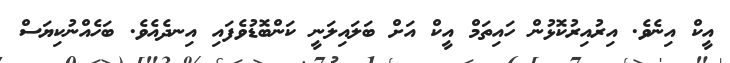
އީކް އިނެވެ. އިރުއިރުކޮޅުން ހައިތަމް އީކް އަށް ބަލައިލަނީ ކަންބޮޑުވެފައި އިނދެއެވެ. ބަހެއްނުކިޔަސް